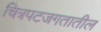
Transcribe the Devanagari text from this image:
चित्रपटजगतातील